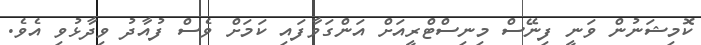
ކޮމިޝަނުން ވަނީ ފިނޭސް މިނިސްޓްރީއަށް އަންގަވާފައި ކަމަށް ވެސް ފުއާދު ވިދާޅުވި އެވެ.